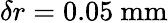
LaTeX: \delta r=0.05~\mathrm{mm}